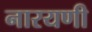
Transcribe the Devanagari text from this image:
नारयणी